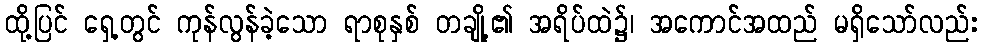
ထို့ပြင် ရှေ့တွင် ကုန်လွန်ခဲ့သော ရာစုနှစ် တချို့၏ အရိပ်ထဲ၌၊ အကောင်အထည် မရှိသော်လည်း